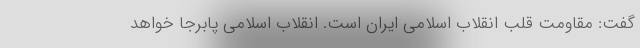
گفت: مقاومت قلب انقلاب اسلامی ایران است. انقلاب اسلامی پابرجا خواهد